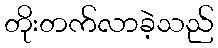
တိုးတက်လာခဲ့သည်